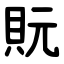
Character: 貦